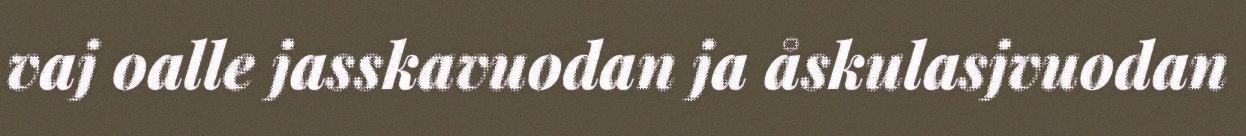
vaj oalle jasskavuodan ja åskulasjvuodan